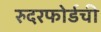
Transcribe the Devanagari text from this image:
रुदरफोर्डची